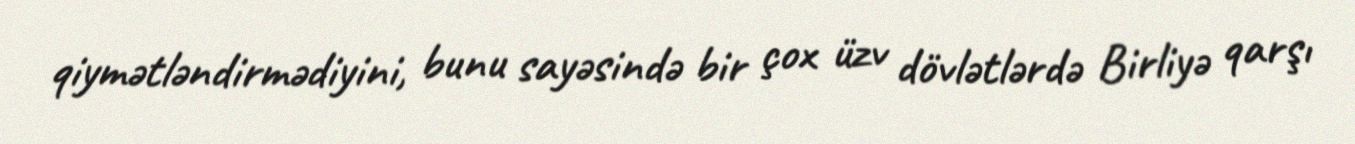
qiymətləndirmədiyini, bunu sayəsində bir çox üzv dövlətlərdə Birliyə qarşı